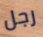
رجل